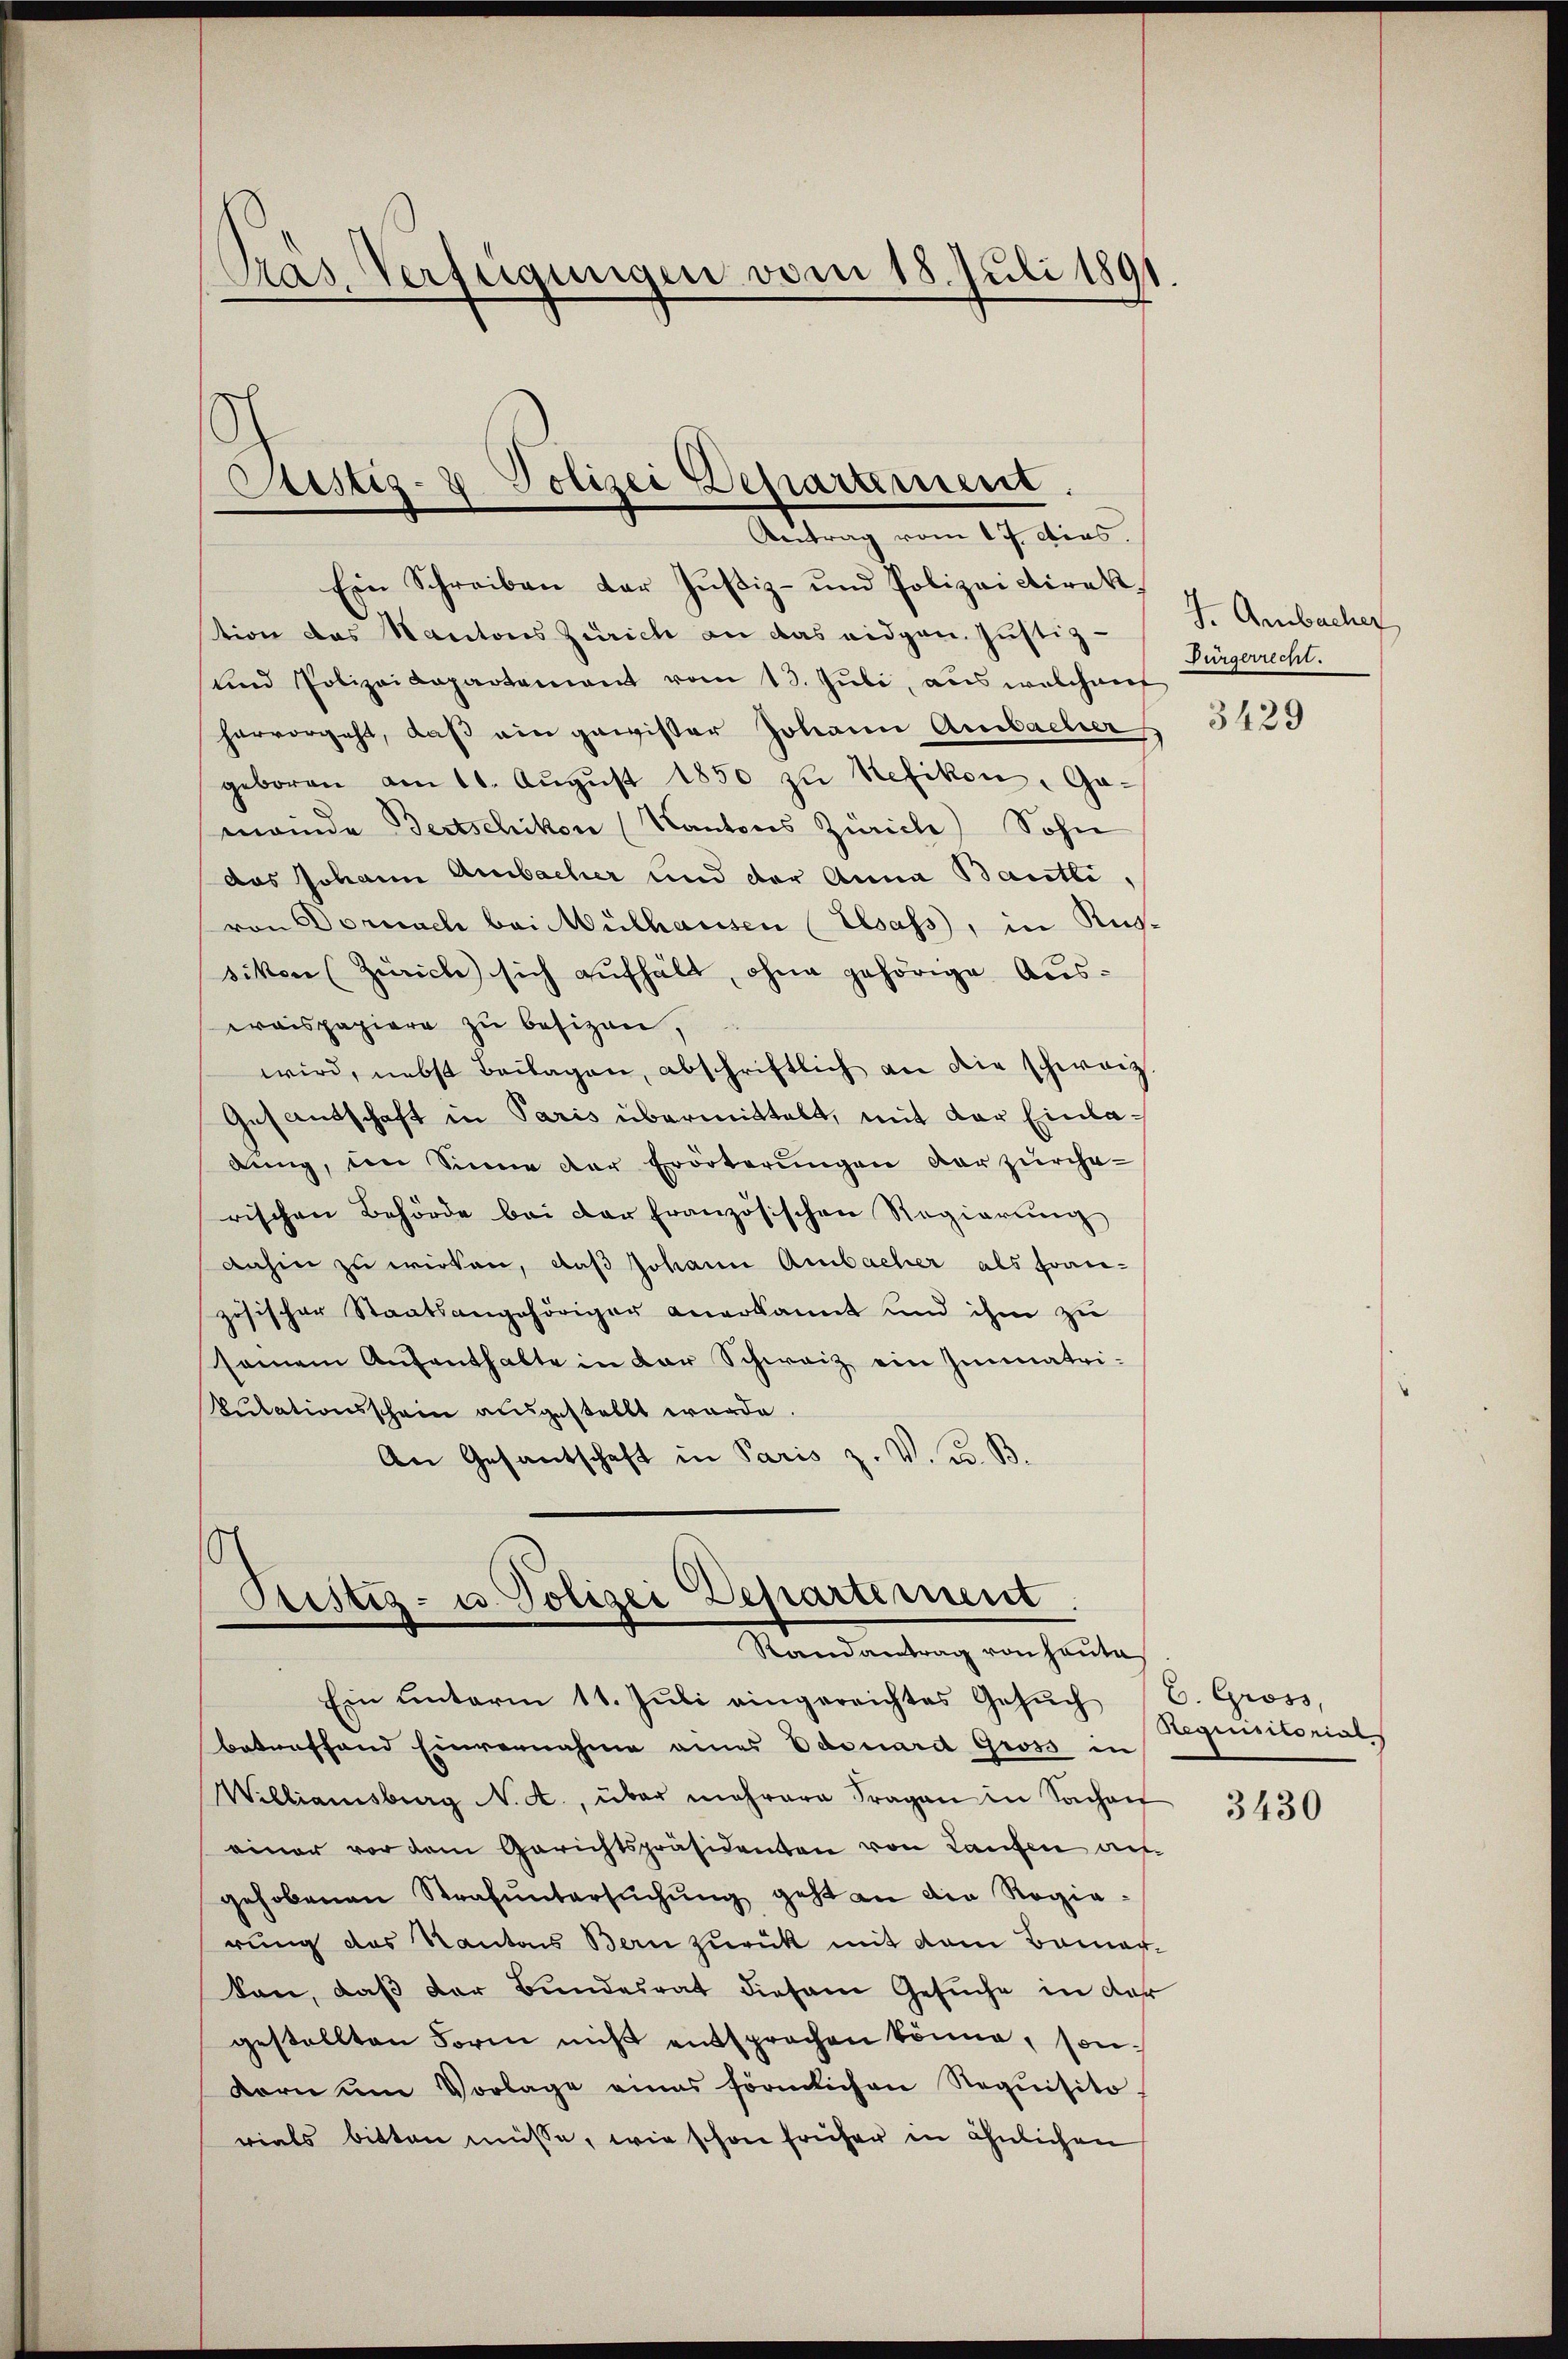
Pas Verfügungen vom 18. Juli 1891.

Sistiz- & Polizei Departement.
Antrag vom 17. dies.

Ein Schreiben der Zŭstiz- und Polizeidirekstion das Kantons Zürich an das eidgen. Justiz-
und Polizeidepartement vom 13. Jŭli, aus welchauf
hervorgeht, daß ein gewisser Johann Ambacher
geboren am 11. August 1850 zu Kefikon, Gameinde Bertschiken (Kantons Zürich) Sohn
das Johann Ambacher und der Anna Bantli,
von Dornach bei Mülhausen (Elsass, in Rugsikon (Zürich sich aufhält, ohne gehörige Auswaispapiere zu besizen,
wird, nebst Beilagen, abschriftlich an die schweiz
Gesandtschaft in Paris übermittelt, mit der Einladung, im Sinne der Erörterungen der zürche-
rischen Behörde bei der Französischen Regierŭng
dahin zu wirken, daß Johann Ambacher als französischer Staatsangehöriger anerkannt und ihm zu
seinem Aŭfenthalte in der Schweiz ein Immatri-
Sutationsschein ausgestellt wurde.
An Gesantschaft in Paris z. V. u. B.

Ein ŭnterm 11. Jŭli eingereichtes Gesŭch (C. Gross,
betreffend Einvernahme eines Edouard Gross in
Williamsburg N. A., über mehrere Fragen in Sachen
einer vor dem Gerichtspräsidenten von Laufen au
gehobenen Strafŭntersŭchŭng geht an die Regie-
rung des Kantons Bern zurück mit dem Bauer-
ton, daß der Bundesrat diesem Gesuche in der
gestellten Form nicht entsprochen könne, son¬
Korn um Vorlage eines förmlichen Requisito,
rials bitten müsse, wie schon früher in ähnlichen

.
Cristiz- u. Polizei Departement
Randantrag von heute

J. Ambacher
Bürgerrecht.

3429

Regensitorial

3430